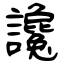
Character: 讒